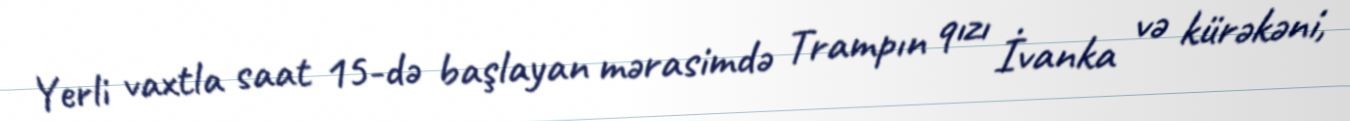
Yerli vaxtla saat 15-də başlayan mərasimdə Trampın qızı İvanka və kürəkəni,